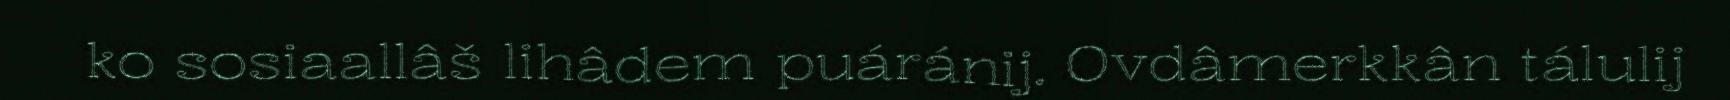
ko sosiaallâš lihâdem puáránij. Ovdâmerkkân tálulij